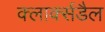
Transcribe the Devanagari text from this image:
क्लार्क्सडैल